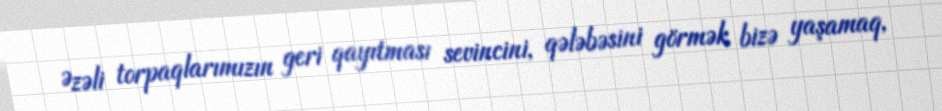
Əzəli torpaqlarımızın geri qayıtması sevincini, qələbəsini görmək bizə yaşamaq,